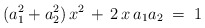
\begin{align*}(a_1^2+a_2^2)\,x^2 \,+\, 2\,x\,a_1a_2 \;=\; 1\end{align*}